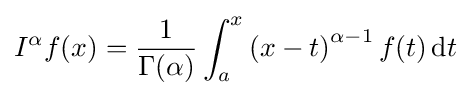
I^{\alpha }f(x)={\frac {1}{\Gamma (\alpha )}}\int _{a}^{x}\left(x-t\right)^{\alpha -1}f(t)\,\mathrm {d} t